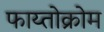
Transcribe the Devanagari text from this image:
फाय्तोक्रोम